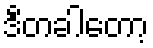
ဒီတခါတော့